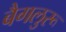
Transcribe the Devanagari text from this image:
बैगलुरू